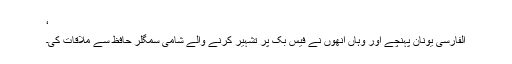
‘
الفارسی یونان پہنچے اور وہاں انھوں نے فیس بک پر تشہیر کرنے والے شامی سمگلر حافظ سے ملاقات کی۔